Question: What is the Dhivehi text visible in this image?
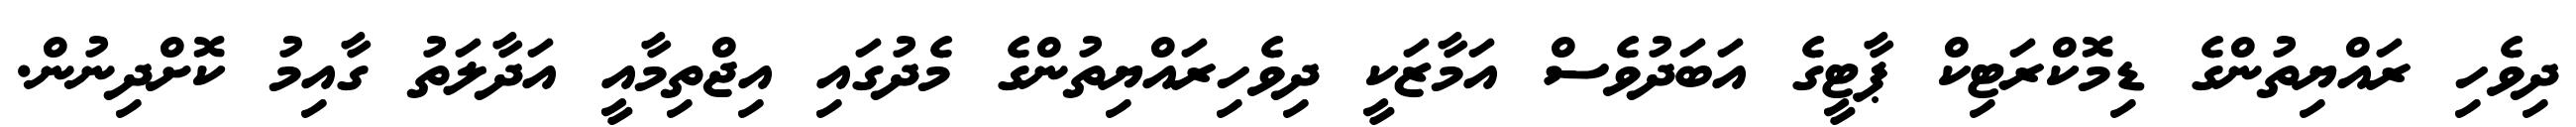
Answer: ދިވެހި ރައްޔިތުންގެ ޑިމޮކްރަޓިކް ޕާޓީގެ އަބަދުވެސް އަމާޒަކީ ދިވެހިރައްޔިތުންގެ މެދުގައި އިޖްތިމާއީ އަދާލަތު ގާއިމު ކޮށްދިނުން.